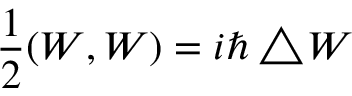
\frac { 1 } { 2 } ( W , W ) = i \hbar \bigtriangleup \! W